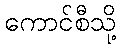
ကောင်စီသို့